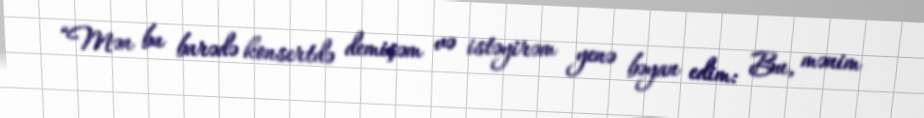
“Mən bu barədə konsertdə demişəm və istəyirəm yenə bəyan edim: Bu, mənim